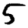
Digit: 5